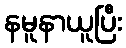
နမူနာယူပြီး